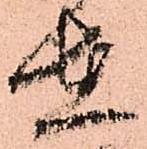
在